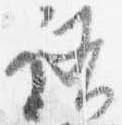
語